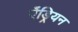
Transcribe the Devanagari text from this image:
ऐंड्रियन